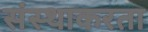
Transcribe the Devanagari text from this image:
संस्थाकरता